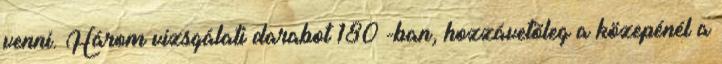
venni. Három vizsgálati darabot 180°-ban, hozzávetõleg a közepénél a